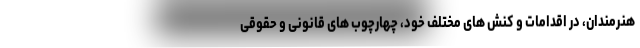
هنرمندان، در اقدامات و کنش های مختلف خود، چهارچوب های قانونی و حقوقی